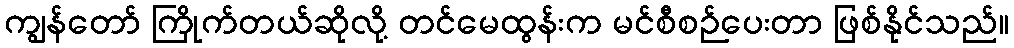
ကျွန်တော် ကြိုက်တယ်ဆိုလို့ တင်မေထွန်းက မင်စီစဉ်ပေးတာ ဖြစ်နိုင်သည်။